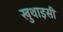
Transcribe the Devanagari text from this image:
खुथाइसी